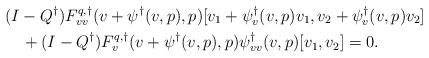
LaTeX: \begin{align*}&(I-Q^\dagger)F^{q,\dagger}_{vv}(v+\psi^\dagger(v,p),p)[v_1 + \psi^\dagger_v(v,p)v_1, v_2 + \psi^\dagger_v(v,p)v_2]\\ &\quad+ (I-Q^\dagger)F^{q,\dagger}_v(v + \psi^\dagger(v,p),p)\psi^\dagger_{vv}(v,p)[v_1,v_2] = 0.\end{align*}